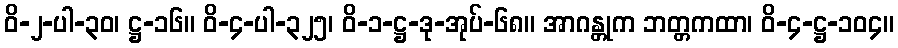
ဝိ-၂-ပါ-၃၀၊ ဋ္ဌ-၁၆။ ဝိ-၄-ပါ-၃၂၅၊ ဝိ-၁-ဋ္ဌ-ဒု-အုပ်-၆၈။ အာဂန္တုက ဘတ္တကထာ၊ ဝိ-၄-ဋ္ဌ-၁၀၄။